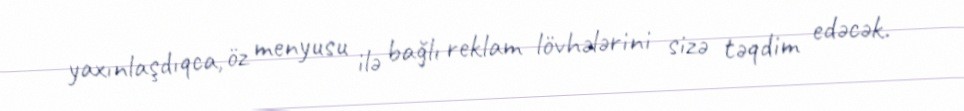
yaxınlaşdıqca, öz menyusu ilə bağlı reklam lövhələrini sizə təqdim edəcək.